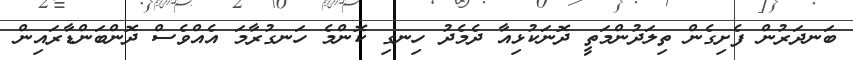
ބަނދަރުން ފެށިގެން ތިލަދުންމަތީ ދޮނަކުޅިއާ ދެމެދު ހިނގި ކޮންމެ ހަނގުރާމަ އެއްވެސް ދޮންބަންޑާރައިން